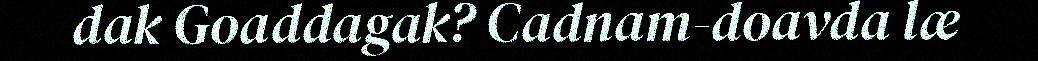
dak Goaddagak? Cadnam-doavda læ